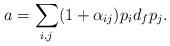
LaTeX: \begin{align*}a = \sum_{i,j} (1 + \alpha_{ij}) p_{i} d_{f} p_{j}. \end{align*}